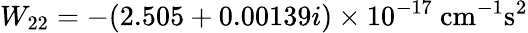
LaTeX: W_{22}=-(2.505+0.00139i)\times 10^{-17}~\mathrm{cm^{-1}s^{2}}